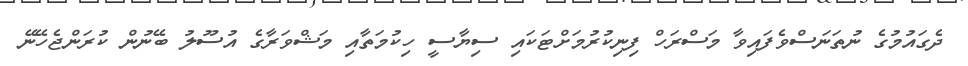
ދެގައުމުގެ ނުތަނަސްވެފައިވާ މަސްރަހް ފިނިކުރުމަށްޓަކައި ސިޔާސީ ހިކުމަތާއި މަޝްވަރާގެ އުސޫލު ބޭނުން ކުރަންޖެހޭނޭ